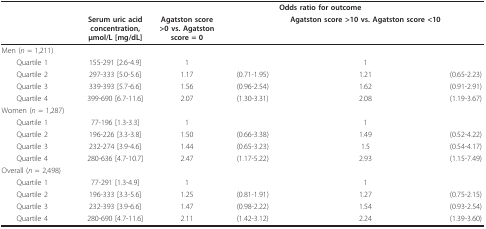
<table><thead><tr><td></td><td></td><td colspan="4"><b>Odds ratio for outcome</b></td></tr><tr><td></td><td><b>Serum uric acid concentration, μmol/L [mg/dL]</b></td><td><b>Agatston score &gt;0 vs. Agatston score = 0</b></td><td></td><td><b>Agatston score &gt;10 vs. Agatston score &lt;10</b></td><td></td></tr></thead><tbody><tr><td>Men (<i>n </i>= 1,211)</td><td></td><td></td><td></td><td></td><td></td></tr><tr><td> Quartile 1</td><td>155-291 [2.6-4.9]</td><td>1</td><td></td><td>1</td><td></td></tr><tr><td> Quartile 2</td><td>297-333 [5.0-5.6]</td><td>1.17</td><td>(0.71-1.95)</td><td>1.21</td><td>(0.65-2.23)</td></tr><tr><td> Quartile 3</td><td>339-393 [5.7-6.6]</td><td>1.56</td><td>(0.96-2.54)</td><td>1.62</td><td>(0.91-2.91)</td></tr><tr><td> Quartile 4</td><td>399-690 [6.7-11.6]</td><td>2.07</td><td>(1.30-3.31)</td><td>2.08</td><td>(1.19-3.67)</td></tr><tr><td>Women (<i>n </i>= 1,287)</td><td></td><td></td><td></td><td></td><td></td></tr><tr><td> Quartile 1</td><td>77-196 [1.3-3.3]</td><td>1</td><td></td><td>1</td><td></td></tr><tr><td> Quartile 2</td><td>196-226 [3.3-3.8]</td><td>1.50</td><td>(0.66-3.38)</td><td>1.49</td><td>(0.52-4.22)</td></tr><tr><td> Quartile 3</td><td>232-274 [3.9-4.6]</td><td>1.44</td><td>(0.65-3.23)</td><td>1.5</td><td>(0.54-4.17)</td></tr><tr><td> Quartile 4</td><td>280-636 [4.7-10.7]</td><td>2.47</td><td>(1.17-5.22)</td><td>2.93</td><td>(1.15-7.49)</td></tr><tr><td>Overall (<i>n </i>= 2,498)</td><td></td><td></td><td></td><td></td><td></td></tr><tr><td> Quartile 1</td><td>77-291 [1.3-4.9]</td><td>1</td><td></td><td>1</td><td></td></tr><tr><td> Quartile 2</td><td>196-333 [3.3-5.6]</td><td>1.25</td><td>(0.81-1.91)</td><td>1.27</td><td>(0.75-2.15)</td></tr><tr><td> Quartile 3</td><td>232-393 [3.9-6.6]</td><td>1.47</td><td>(0.98-2.22)</td><td>1.54</td><td>(0.93-2.54)</td></tr><tr><td> Quartile 4</td><td>280-690 [4.7-11.6]</td><td>2.11</td><td>(1.42-3.12)</td><td>2.24</td><td>(1.39-3.60)</td></tr></tbody></table>